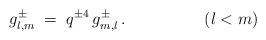
LaTeX: \begin{align*}g_{l,m}^\pm \;=\; q^{\pm 4}\,g^\pm_{m,l}\,.\hspace{2cm}(l<m)\end{align*}